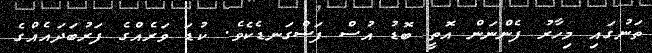
ތަނުގައި މިހާރު ފެންނަން އޮތީ ބޮޑު އުސް ފަސްގަނޑެކެވެ. ކުޑަ ވަރެއްގެ ފަރުބަދައެއްގެ